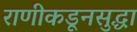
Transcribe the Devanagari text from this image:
राणीकडूनसुद्धा